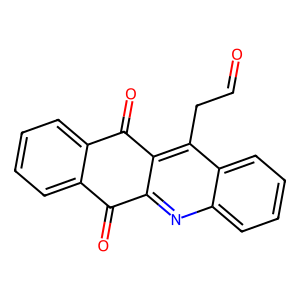
SMILES: O=CCc1c2c(nc3ccccc13)C(=O)c1ccccc1C2=O
Inhibits HIV replication: No